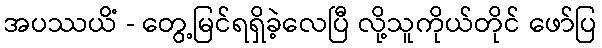
အပဿယိံ - တွေ့မြင်ရရှိခဲ့လေပြီ လို့သူကိုယ်တိုင် ဖော်ပြ